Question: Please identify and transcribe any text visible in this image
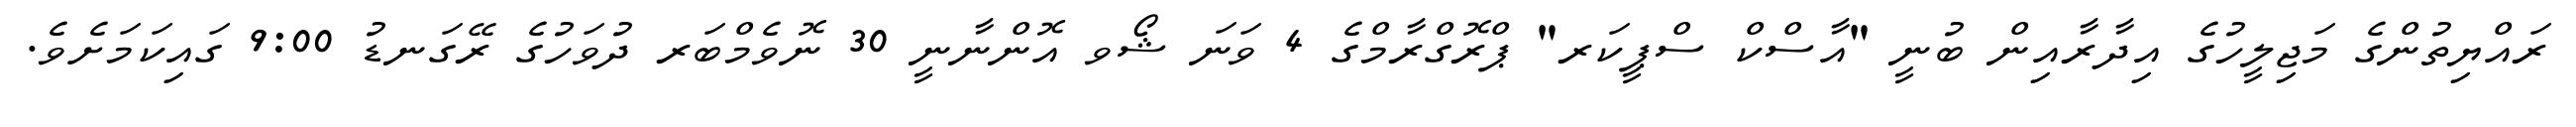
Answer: ރައްޔިތުންގެ މަޖިލީހުގެ އިދާރާއިން ބުނީ "އާސްކް ސްޕީކަރ" ޕްރޮގްރާމްގެ 4 ވަނަ ޝޯވ އޮންނާނީ 30 ނޮވެމްބަރ ދުވަހުގެ ރޭގަނޑު 9:00 ގައިކަމަށެވެ.